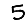
Digit: 5